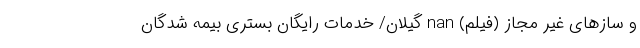
و سازهای غیر مجاز (فیلم) nan گیلان/ خدمات رایگان بستری بیمه شدگان